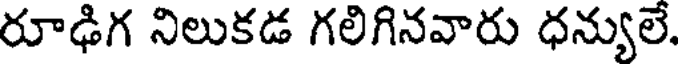
రూఢిగ నిలుకడ గలిగినవారు ధన్యులే.